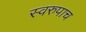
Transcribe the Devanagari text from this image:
स्वरुपाच